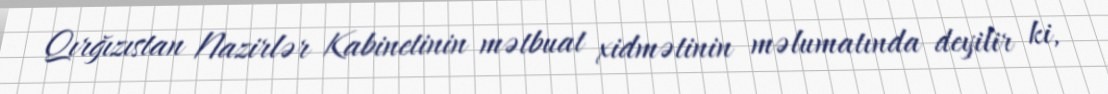
Qırğızıstan Nazirlər Kabinetinin mətbuat xidmətinin məlumatında deyilir ki,